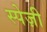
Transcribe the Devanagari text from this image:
स्पेज़ी